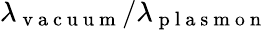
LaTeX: \lambda_{\mathrm{~v~a~c~u~u~m~}}/\lambda_{\mathrm{~p~l~a~s~m~o~n~}}